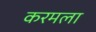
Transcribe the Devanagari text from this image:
करमला